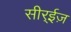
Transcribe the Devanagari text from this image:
सीर्‍ईज़